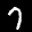
Label: 7